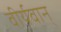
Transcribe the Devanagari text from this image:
वीर्यवान्